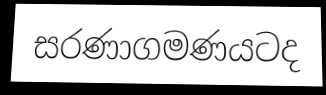
සරණාගමණයටද